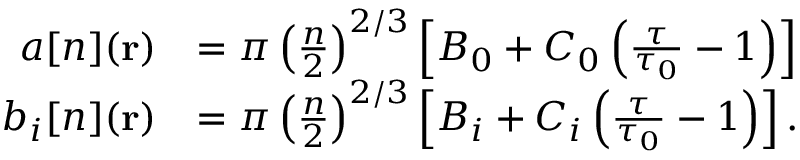
\begin{array} { r l } { a [ n ] ( \mathbf { r } ) } & { = \pi \left( \frac { n } { 2 } \right) ^ { 2 / 3 } \left[ B _ { 0 } + C _ { 0 } \left( \frac { \tau } { \tau _ { 0 } } - 1 \right) \right] } \\ { b _ { i } [ n ] ( \mathbf { r } ) } & { = \pi \left( \frac { n } { 2 } \right) ^ { 2 / 3 } \left[ B _ { i } + C _ { i } \left( \frac { \tau } { \tau _ { 0 } } - 1 \right) \right] . } \end{array}